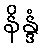
နိန္ဒံ